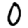
Digit: 0